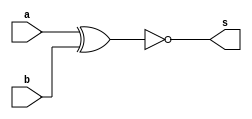
// ------------------------- 
// Exercicio03  - XNOR 
// Nome: Arturo M A Junior 

// ------------------------- 
// ------------------------- 
// -- xnor gate 
// ------------------------- 

	module xnorgate ( output s,input a,input b); 
	assign s = ~(a^b); 
	endmodule // xnorgate 

// --------------------- 
// -- test xnor gate 
// --------------------- 

	module testxnorgate; 

// ------------------------- dados locais 
	
	reg a, b; // entrada 
	wire s; // saida 

// ------------------------- instancia 

	xnorgate XNOR1 (s, a, b); 

// ------------------------- preparacao 
	
	initial begin:start 
	a=0; b=0; 
	end 

// ------------------------- parte principal 
	initial begin 
	$display("Exercicio03 - Arturo M A Junior - 396675"); 
	$display("Test XNOR gate"); 
	$display("\na ^ b = s\n"); 
	a=0; b=0; 
	#1 $display("%b ^ %b = %b", a, b, s); 
	a=0; b=1; 
	#1 $display("%b ^ %b = %b", a, b, s); 
	a=1; b=0; 
	#1 $display("%b ^ %b = %b", a, b, s); 
	a=1; b=1; 
	#1 $display("%b ^ %b = %b", a, b, s); 
	end 
	endmodule // testxnorgate